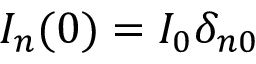
I _ { n } ( 0 ) = I _ { 0 } \delta _ { n 0 }